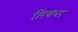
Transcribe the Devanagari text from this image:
सिकस